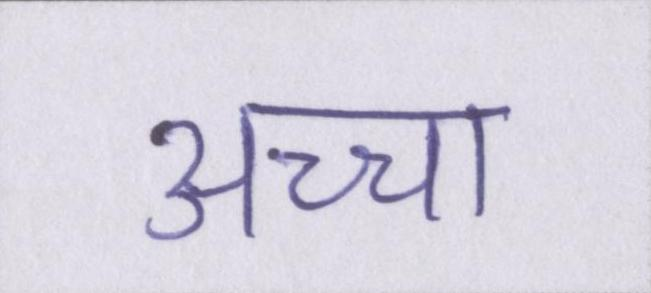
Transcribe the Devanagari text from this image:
अच्चा